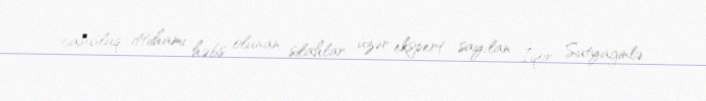
casusluq ittiihamı həbs olunan silahlar üzər ekspert sayılan İqor Sutyaginlə